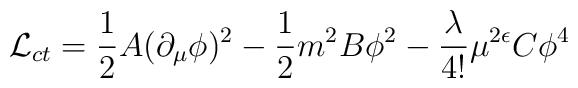
{\cal L}_{ct} = {1\over 2} A (\partial_{\mu}\phi)^2 - {1\over 2} m^2 B \phi^2              - {\lambda\over 4!} \mu^{2\epsilon} C \phi^4